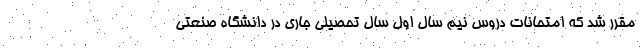
مقرر شد که امتحانات دروس نیم سال اول سال تحصیلی جاری در دانشگاه صنعتی